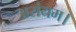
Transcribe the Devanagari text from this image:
असंयम।